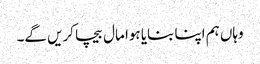
وہاں ہم اپنا بنایا ہوا مال بیچا کریں گے۔